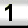
Digit: 1